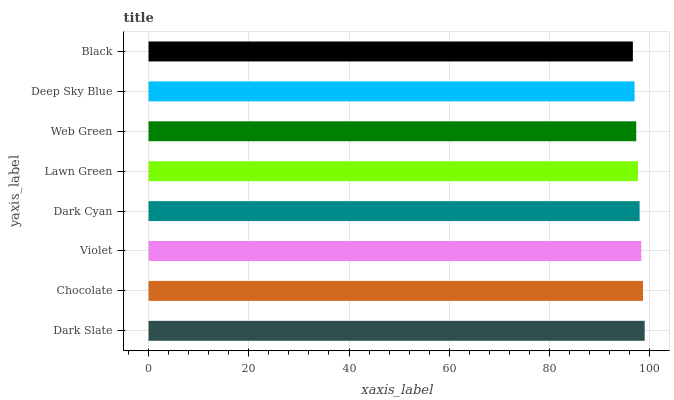
| yaxis_label | bars |
 | --- | --- |
 | Dark Slate | 99 |
 | Chocolate | 98.7 |
 | Violet | 98.3 |
 | Dark Cyan | 98 |
 | Lawn Green | 97.7 |
 | Web Green | 97.3 |
 | Deep Sky Blue | 97 |
 | Black | 96.6 |